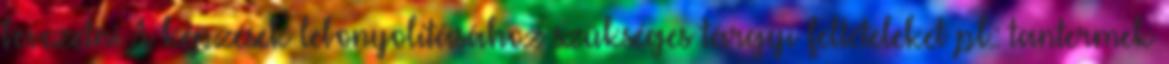
bevezetni A képzések lebonyolításához szükséges tárgyi feltételeket pl.: tantermek